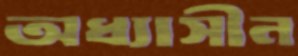
অধ্যাসীন